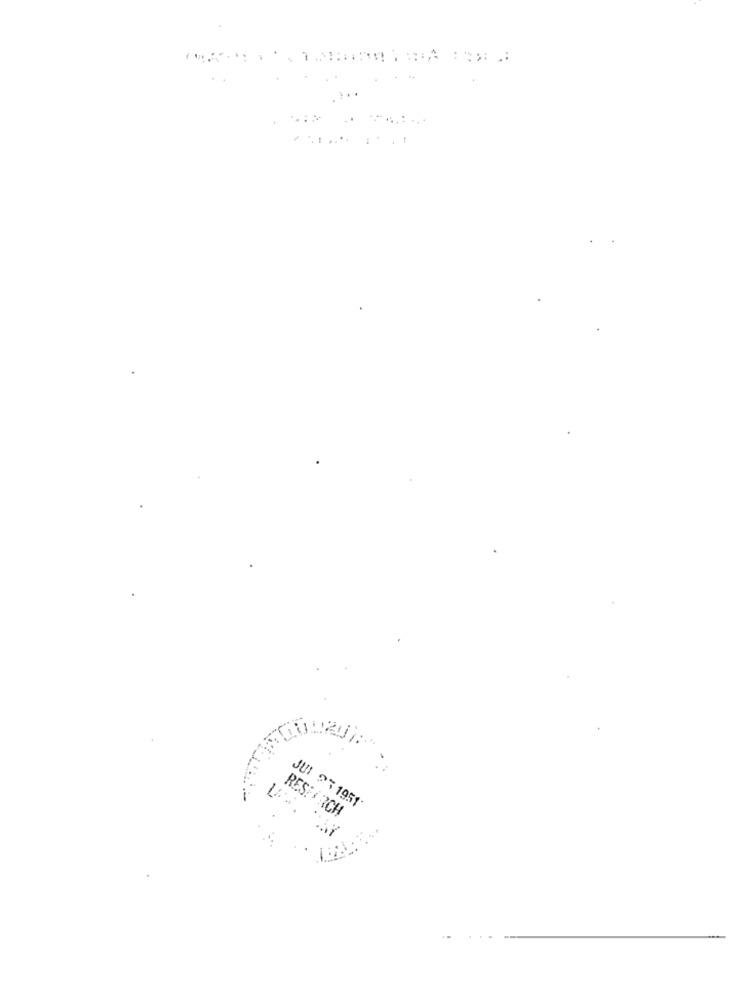
JUI 25 1951
RESERCH